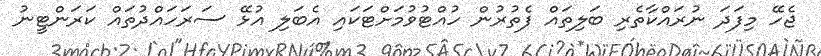
ޖެހޭ މިފަދަ ނުރައްކާތެރި ބަލިތައް ފެތުރުން ހުއްޓުވުމަށްޓަކައި އެބަލި އުޅޭ ސަރަހައްދުތައް ކަރަންޓީނު